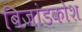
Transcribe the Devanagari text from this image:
बिजांडकोश